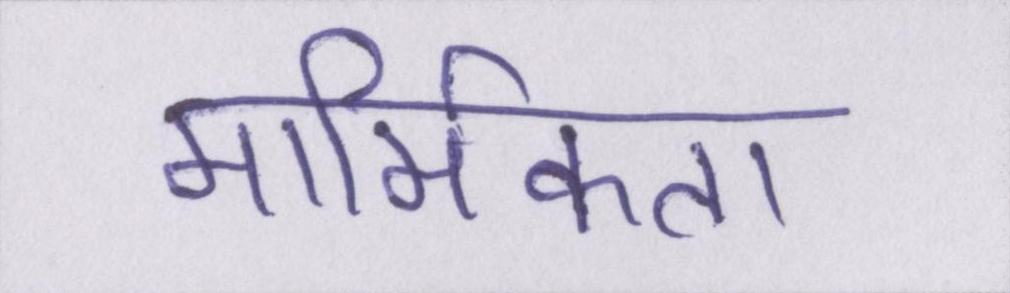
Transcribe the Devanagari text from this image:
मार्मिकता